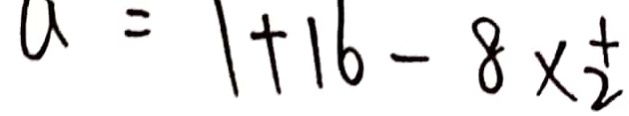
a = 1 + 1 6 - 8 \times \frac { 1 } { 2 }